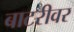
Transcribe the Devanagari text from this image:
बाटरीवर